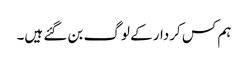
ہم کس کردار کے لوگ بن گئے ہیں۔